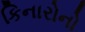
કિનારોનો